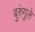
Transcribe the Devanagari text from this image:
बुरुंगुले